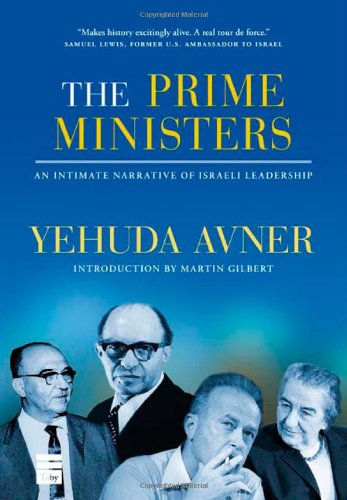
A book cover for The Prime Ministers: An Intimate Narrative of Israeli Leadership; Yehuda Avner; Biographies & Memoirs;